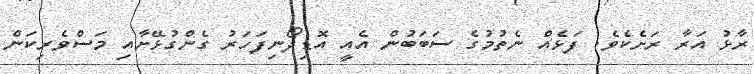
ރާޅު އަރާ ރަށެކެވެ. ފަޅެއް ނެތުމުގެ ސަބަބުން އެއީ އޮޑިދޯނިފަހަރު ގެންގުޅޭށާއި މަސްވެރިކަން